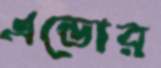
এন্ডোর